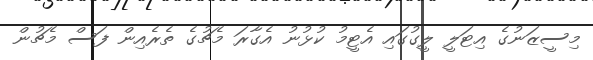
މިސީޒަނުގެ އިޓަލީ ލީގުގައި އެޓީމު ކުޅުނު އެގާރަ މެޗުގެ ތެރެއިން ފަސް މެޗުން